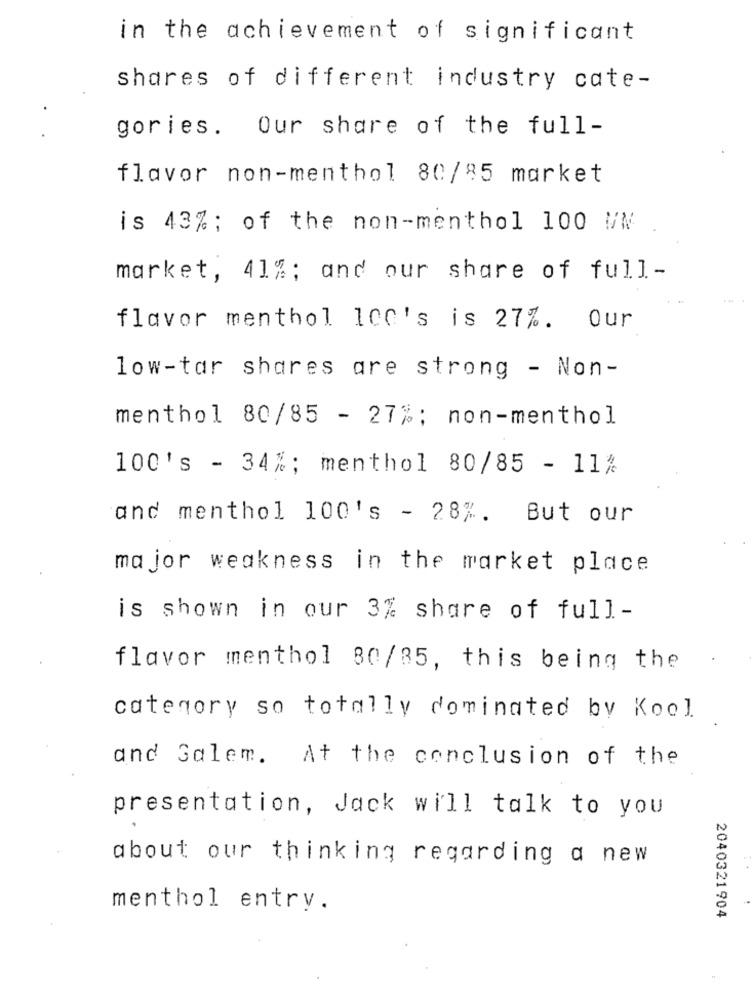
in the achievement of significant
shares of different industry cate-
gories. Our share of the full-
flavor non-menthol 80/85 market
is 43%; of the non-menthol 100 WW
market, 41%; and our share of full-
flavor menthol 100's is 27%. Our
low-tar shares are strong - Non-
menthol 80/85 - 27%; non-menthol
100's - 34%; menthol 80/85 - 11%
and menthol 100's - 28%. But our
major weakness in the market place
is shown in our 3% share of full-
flavor menthol 80/85, this being the
category so totally dominated by Kool
and Galem. At the conclusion of the
presentation, Jack will talk to you
about our thinking regarding a new
menthol entry.
2040321904